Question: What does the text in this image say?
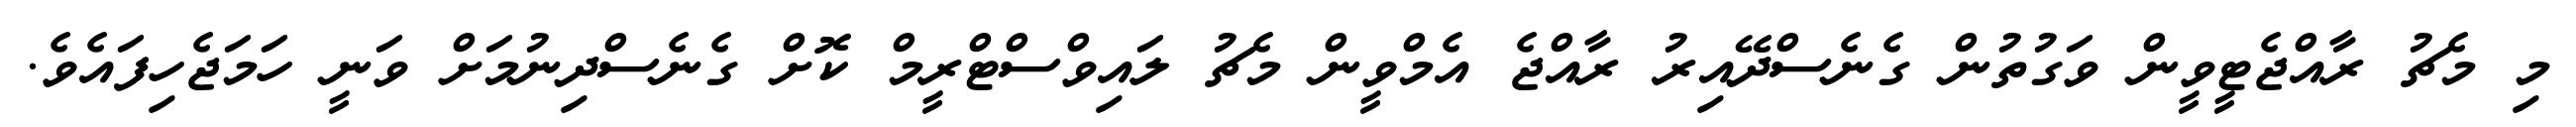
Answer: މި މެޗު ރާއްޖެޓީވީން ވަގުތުން ގެނެސްދޭއިރު ރާއްޖެ އެމްވީން މެޗު ލައިވްސްޓްރީމް ކޮށް ގެނެސްދިނުމަށް ވަނީ ހަމަޖެހިފައެވެ.